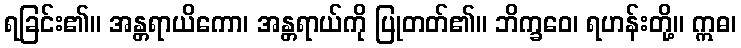
ရခြင်း၏။ အန္တရာယိကော၊ အန္တရာယ်ကို ပြုတတ်၏။ ဘိက္ခဝေ၊ ရဟန်းတို့။ ဣဓ၊